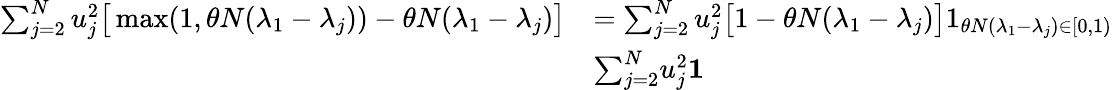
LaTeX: \begin{array}{rl}{\sum_{j=2}^{N}u_{j}^{2}\big[\operatorname*{max}(1,\theta N(\lambda_{1}-\lambda_{j}))-\theta N(\lambda_{1}-\lambda_{j})\big]}&{=\sum_{j=2}^{N}u_{j}^{2}\big[1-\theta N(\lambda_{1}-\lambda_{j})\big]1_{\theta N(\lambda_{1}-\lambda_{j})\in[0,1)}}\\ &{\le\sum_{j=2}^{N}u_{j}^{2}\le 1}\end{array}